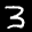
Label: 3